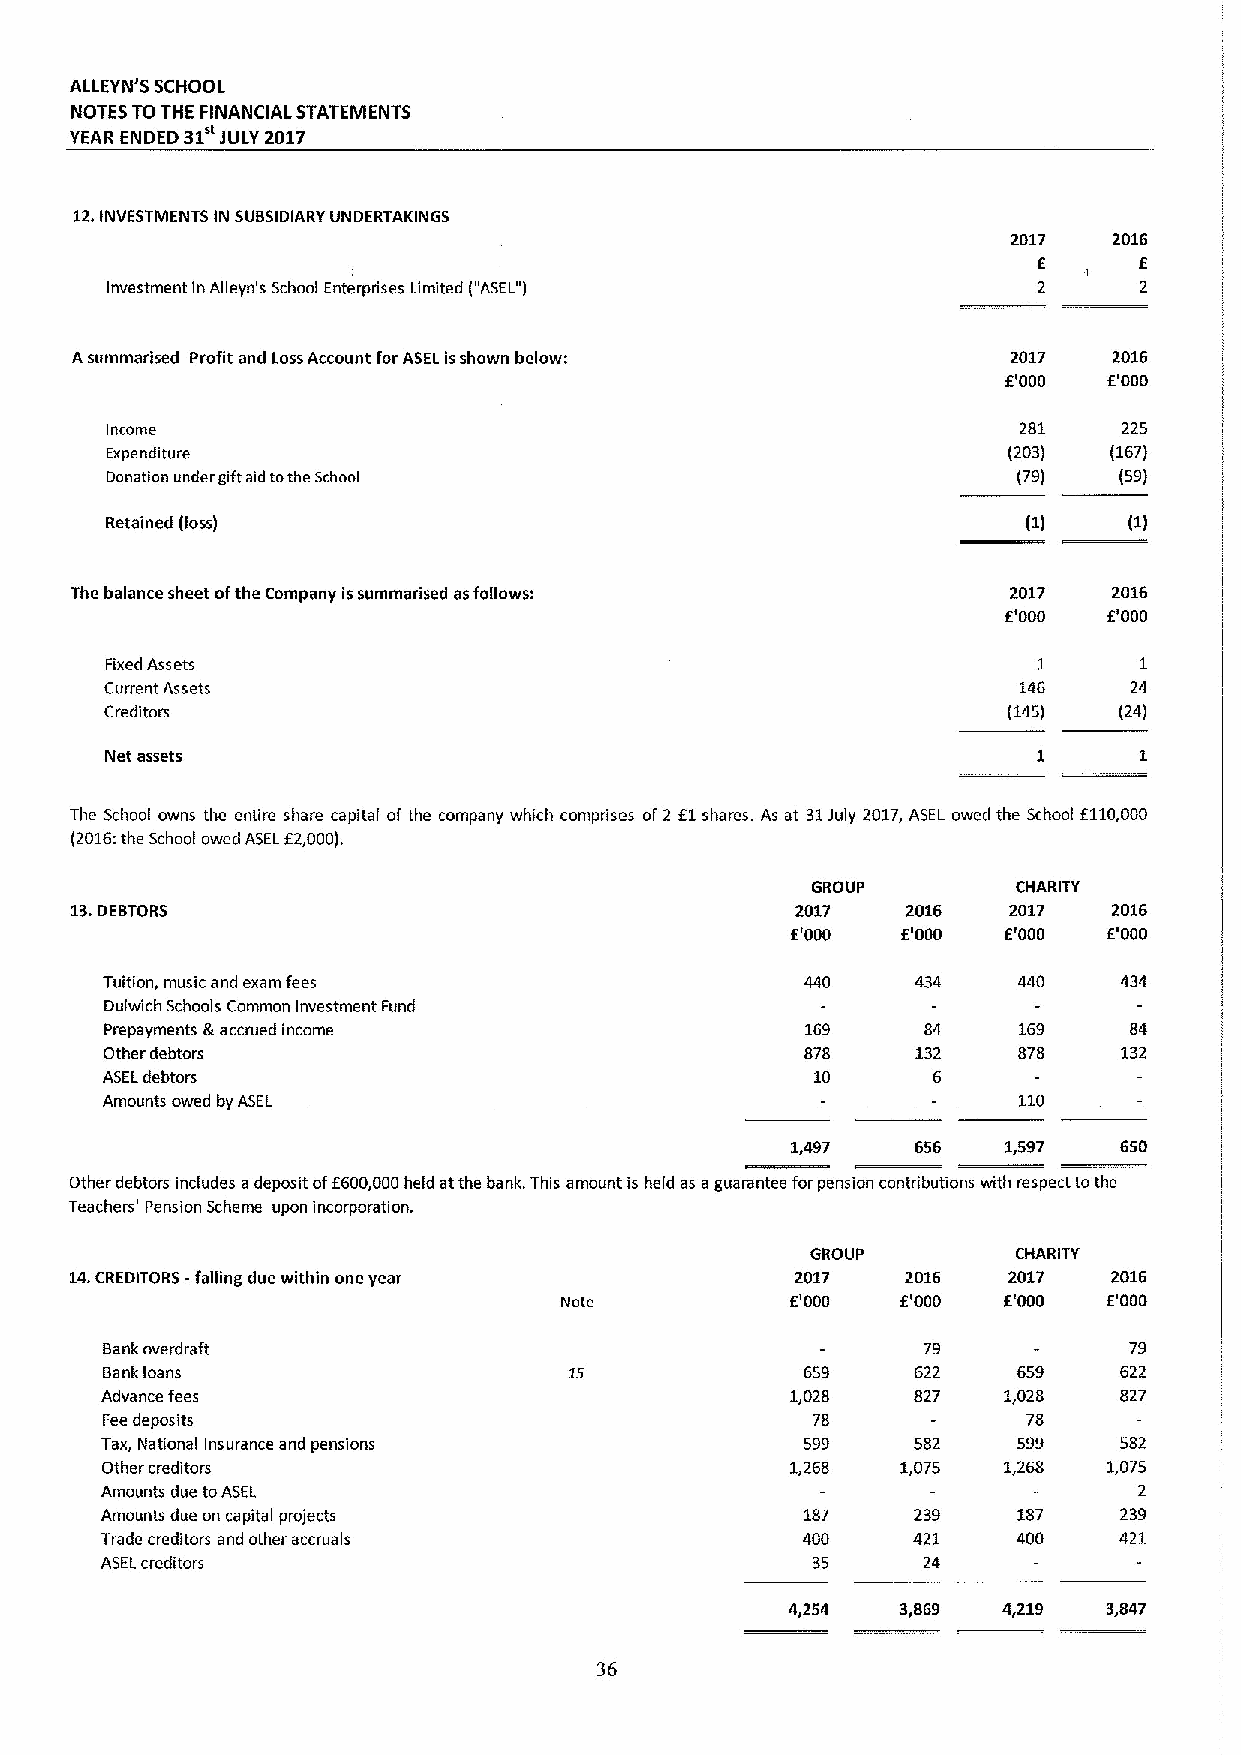
ALLEYN'5 SCHOOL
 NOTES TOTHE FINANCIAL STATEMENTS
 YEAR ENDED 31 JULY 2017
 f,
 12.INVESTMENTS IN SUBSIDIARY UNDERTAKINGS
 2017   2016
 E
 Investment in All eyn's School Enterprises Limited ("ASEL")   2     2
 Asummarised Profit and LossAccount for ASEL isshown below:    2017   2016
 f'000 f'000
 Income                                                      281    225
 Expenditure                                                 (203) (167)
 Donation under gift aid tothe School                        (79)   (59)
 Retained (loss)
 The balance sheet ofthe Company issummarised asfollows:       2017   2016
 E'000  f'000
 Fixed Assets                                                  1     1
 Current Assets                                              146     24
 Creditors                                                   (145)  (24)
 Net assets
 The School owns the entire share capital of the company which comprises of2 f1shares. As at 31July 2017,ASEL owed the School f110,000
 (2016:the School owed ASELf2,000).
 GROUP        CHARITY
 13.DEBTORS                                      2017   2016   2017   2016
 f'000   f.'000 E'000 E'000
 Tuition, music and exam fees                  440     434   440    434
 Dulwich Schools Common Investment Fund
 Prepayments &.accrued income                  169     84    169     84
 Other debtors                                 878     132   878    132
 ASELdebtors                                    10      6
 Amounts owed by ASEL                                        110
 1,497    656  1,597   650
 Other debtors includes adeposit off600,000held atthe bank. This amount is held as aguarantee for pension contributions with respect tothe
 Teachers' Pension Scheme upon incorporation.
 GROUP        CHARITY
 14.CREDITORS -falling due within one year       2017   2016   2017   2016
 Note           f'000   f.'000 E'000 E'000
 Bank overdraft                                        79            79
 Bankloans                                     659     622   659    622
 Advance fees                                 1,028   827   1,028   827
 Fee deposits                                   78            78
 Tax, National Insurance and pensions          599    582    599    582
 Other creditors                              1,268   1,075 1,268  1,075
 Amounts due toASEL                                                  2
 Amounts due on capital projects               187    239    187    239
 Trade creditors and other accruals            400    421    400    421
 ASELcreditors                                  35     24
 4,254   3,869 4,219  3,847
 36